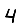
Digit: 4